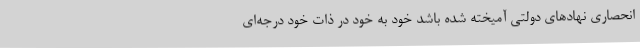
انحصاری نهادهای دولتی آمیخته شده باشد خود به خود در ذات خود درجه‌ای